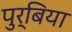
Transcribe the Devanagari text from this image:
पुर्बिया